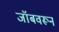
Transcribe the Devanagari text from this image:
जॉबवरून